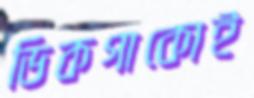
ডিকগাকোই